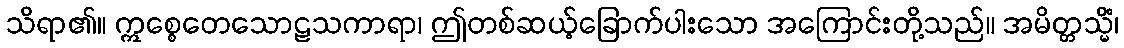
သိရာ၏။ ဣစ္စေတေသောဠသကာရာ၊ ဤတစ်ဆယ့်ခြောက်ပါးသော အကြောင်းတို့သည်။ အမိတ္တသ္မိံ၊